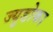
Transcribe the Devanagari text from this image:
ज्युडोका